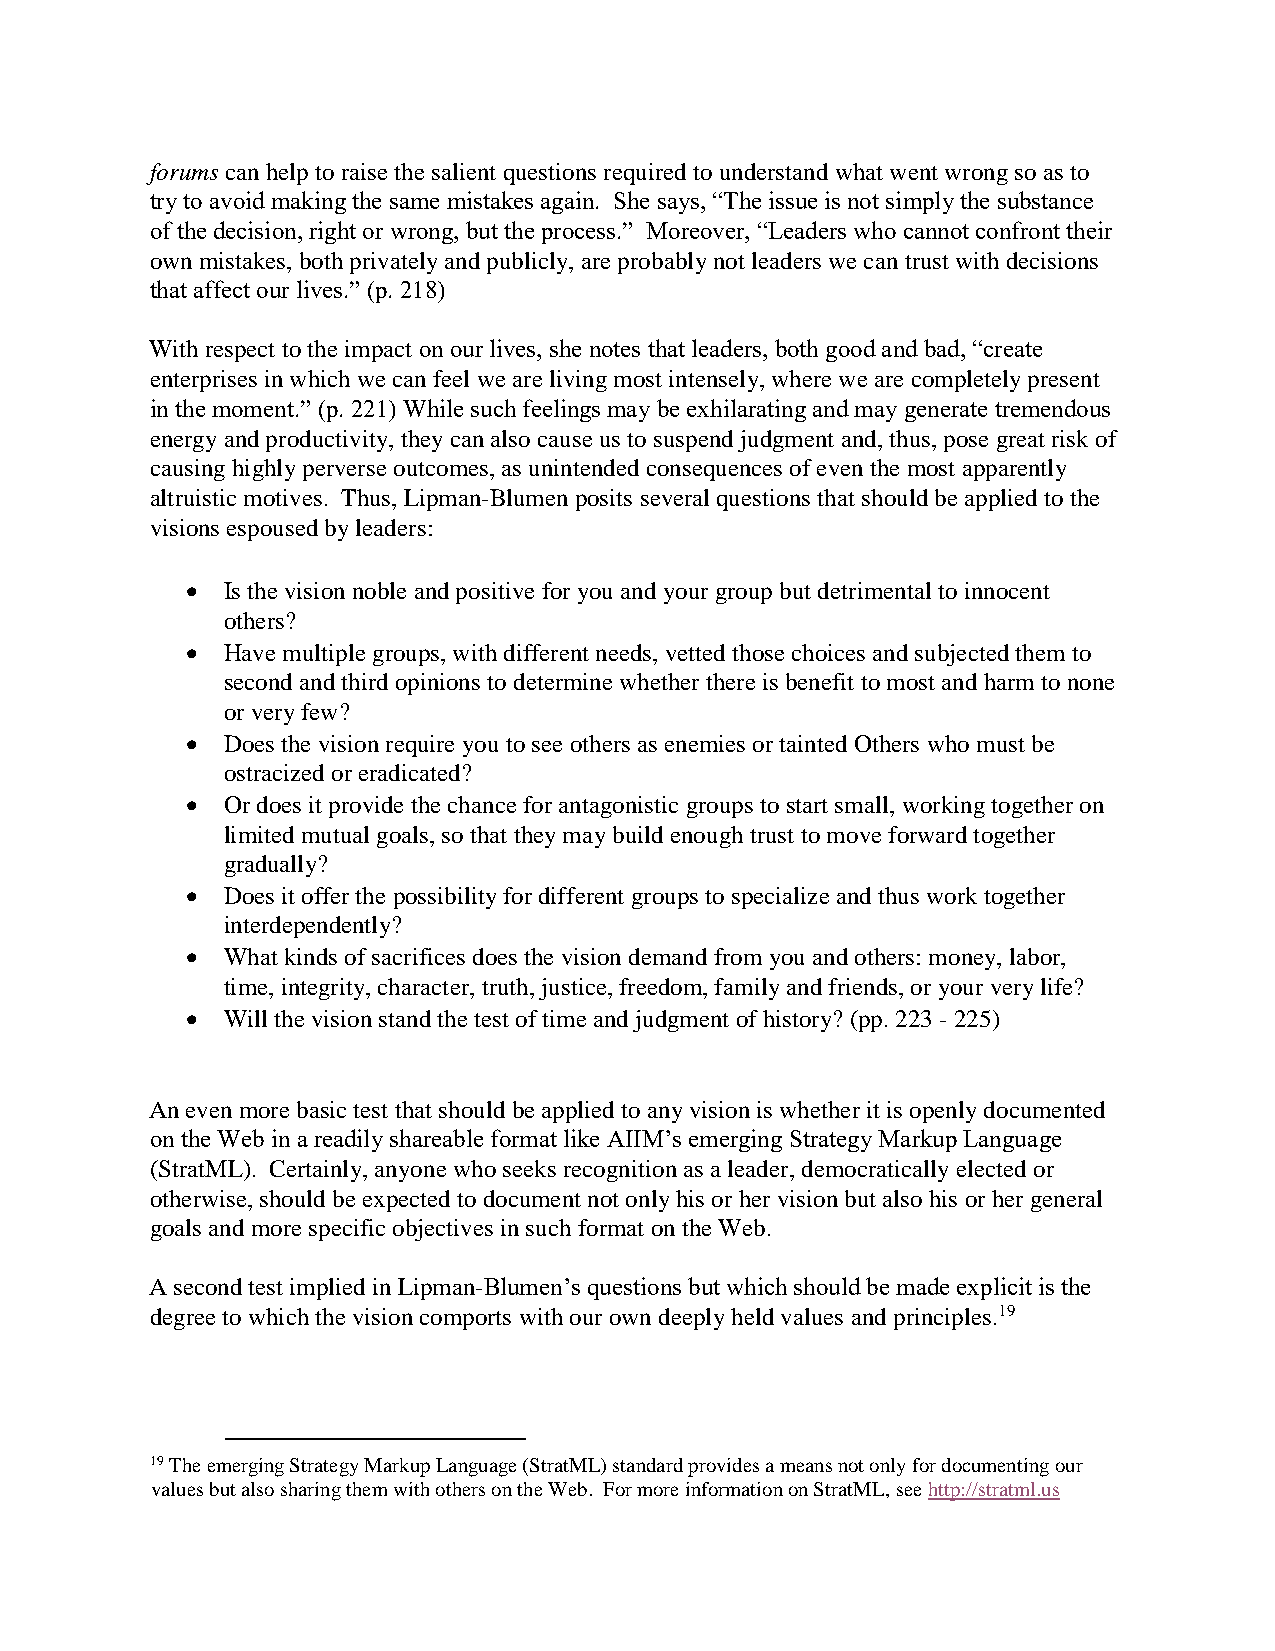
forums can help to raise the salient questions required to understand what went wrong so as to
 try to avoid making the same mistakes again. She says, “The issue is not simply the substance
 of the decision, right or wrong, but the process.” Moreover, “Leaders who cannot confront their
 own mistakes, both privately and publicly, are probably not leaders we can trust with decisions
 that affect our lives.” (p. 218)
 With respect to the impact on our lives, she notes that leaders, both good and bad, “create
 enterprises in which we can feel we are living most intensely, where we are completely present
 in the moment.” (p. 221) While such feelings may be exhilarating and may generate tremendous
 energy and productivity, they can also cause us to suspend judgment and, thus, pose great risk of
 causing highly perverse outcomes, as unintended consequences of even the most apparently
 altruistic motives. Thus, Lipman-Blumen posits several questions that should be applied to the
 visions espoused by leaders:
 •  Is the vision noble and positive for you and your group but detrimental to innocent
 others?
 •  Have multiple groups, with different needs, vetted those choices and subjected them to
 second and third opinions to determine whether there is benefit to most and harm to none
 or very few?
 •  Does the vision require you to see others as enemies or tainted Others who must be
 ostracized or eradicated?
 •  Or does it provide the chance for antagonistic groups to start small, working together on
 limited mutual goals, so that they may build enough trust to move forward together
 gradually?
 •  Does it offer the possibility for different groups to specialize and thus work together
 interdependently?
 •  What kinds of sacrifices does the vision demand from you and others: money, labor,
 time, integrity, character, truth, justice, freedom, family and friends, or your very life?
 •  Will the vision stand the test of time and judgment of history? (pp. 223 - 225)
 An even more basic test that should be applied to any vision is whether it is openly documented
 on the Web in a readily shareable format like AIIM’s emerging Strategy Markup Language
 (StratML). Certainly, anyone who seeks recognition as a leader, democratically elected or
 otherwise, should be expected to document not only his or her vision but also his or her general
 goals and more specific objectives in such format on the Web.
 A second test implied in Lipman-Blumen’s questions but which should be made explicit is the
 degree to which the vision comports with our own deeply held values and principles.19
 19 The emerging Strategy Markup Language (StratML) standard provides a means not only for documenting our
 values but also sharing them with others on the Web. For more information on StratML, see http://stratml.us